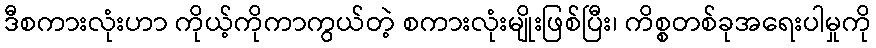
ဒီစကားလုံးဟာ ကိုယ့်ကိုကာကွယ်တဲ့ စကားလုံးမျိုးဖြစ်ပြီး၊ ကိစ္စတစ်ခုအရေးပါမှုကို